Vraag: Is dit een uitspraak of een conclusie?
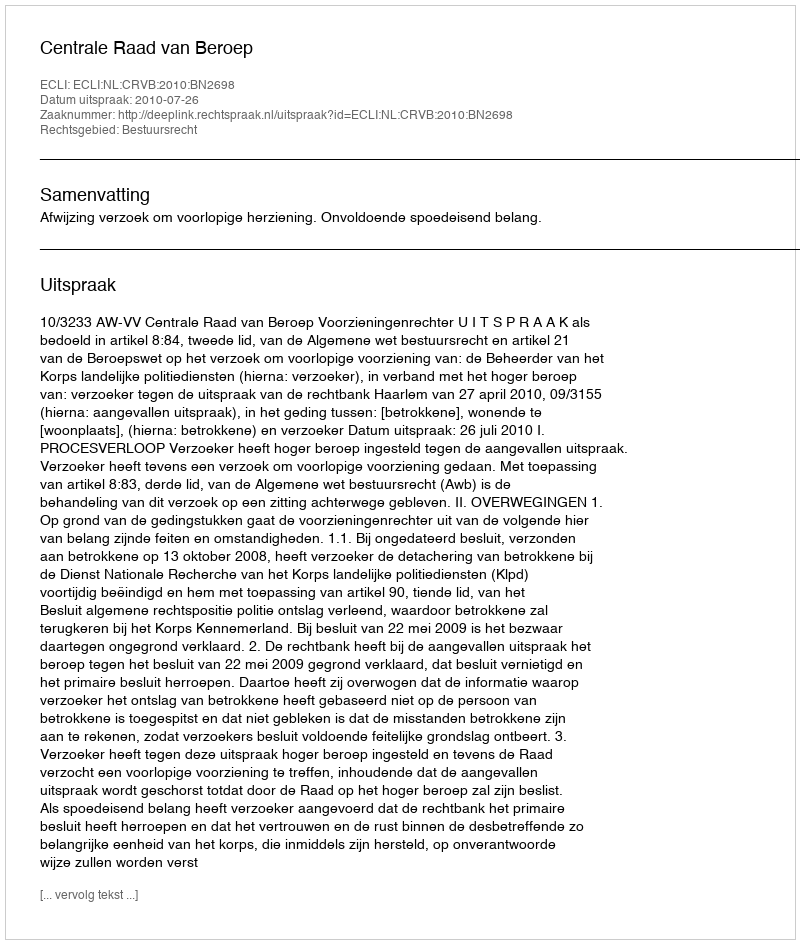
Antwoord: Uitspraak